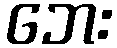
ဘေး